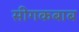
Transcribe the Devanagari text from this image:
सीगकबाब